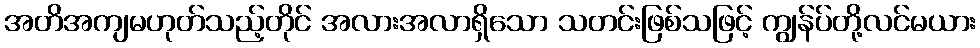
အတိအကျမဟုတ်သည့်တိုင် အလားအလာရှိသော သတင်းဖြစ်သဖြင့် ကျွန်ပ်တို့လင်မယား